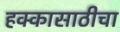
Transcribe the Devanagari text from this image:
हक्कासाठीचा